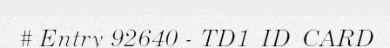
# Entry 92640 - TD1_ID_CARD